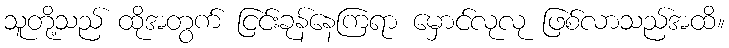
သူတို့သည် ထိုအတွက် ငြင်းခုန်နေကြရာ မှောင်လုလု ဖြစ်လာသည်အထိ။